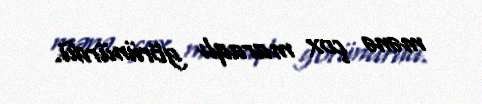
mənə çox maraqlı görünürdü.